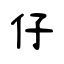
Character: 仔